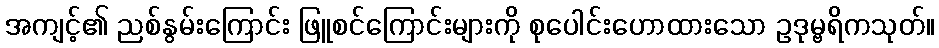
အကျင့်၏ ညစ်နွမ်းကြောင်း ဖြူစင်ကြောင်းများကို စုပေါင်းဟောထားသော ဥဒုမ္ဗရိကသုတ်။